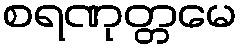
စရဏုတ္တမေ